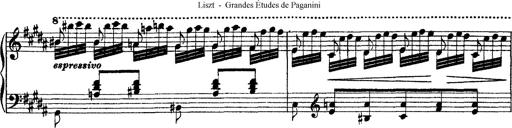
Title: Grandes Ã©tudes de Paganini
Composer: Franz Liszt